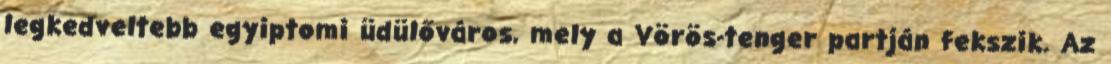
legkedveltebb egyiptomi üdülőváros, mely a Vörös-tenger partján fekszik. Az